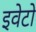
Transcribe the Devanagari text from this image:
इवेटो